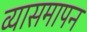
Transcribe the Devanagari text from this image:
व्यासमापन